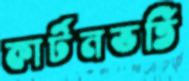
কার্টনভর্তি